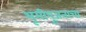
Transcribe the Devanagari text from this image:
भूमीपूजनाचा